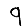
Digit: 9